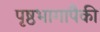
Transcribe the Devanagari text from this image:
पृष्ठभागापैकी